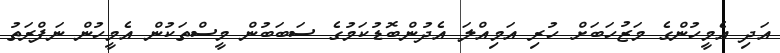
އަދި އެމީހުންގެ މަޒުހަބަށް ހުރި އަމިއްލަ އެދުންބޮޑުކަމުގެ ސަބަބުން މީސްތަކުން އެމީހުން ނަފްރަތު